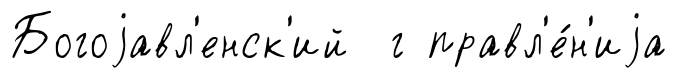
Богоjавл'енск'ий г правл'е́н'иjа